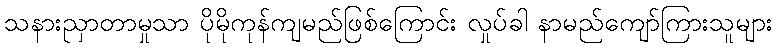
သနားညှာတာမှုသာ ပိုမိုကုန်ကျမည်ဖြစ်ကြောင်း လှုပ်ခါ နာမည်ကျော်ကြားသူများ